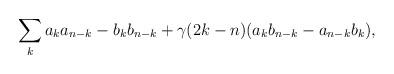
LaTeX: \begin{align*}\sum\limits_{k} a_k a_{n-k} - b_k b_{n-k} + \gamma (2k-n) (a_k b_{n-k} - a_{n-k} b_k),\end{align*}